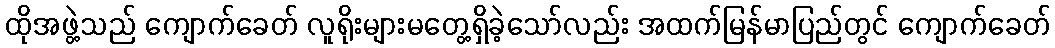
ထိုအဖွဲ့သည် ကျောက်ခေတ် လူရိုးများမတွေ့ရှိခဲ့သော်လည်း အထက်မြန်မာပြည်တွင် ကျောက်ခေတ်